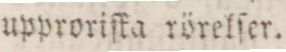
upproriſka rörelſer.